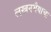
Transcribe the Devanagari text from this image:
लखनभैयाचा